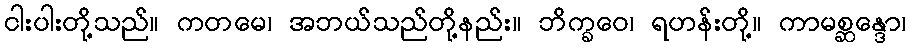
ငါးပါးတို့သည်။ ကတမေ၊ အဘယ်သည်တို့နည်း။ ဘိက္ခဝေ၊ ရဟန်းတို့။ ကာမစ္ဆန္ဒော၊